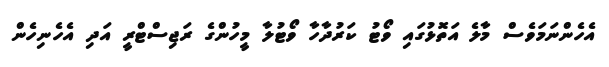
އެހެންނަމަވެސް މާލެ އަތޮޅުގައި ވޯޓު ކަރުދާހާ ވޯޓުލާ މީހުންގެ ރަޖިސްޓްރީ އަދި އެހެނިހެން